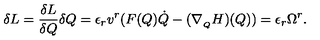
\delta L = \frac { \delta L } { \delta Q } \delta Q = \epsilon _ { r } v ^ { r } ( F ( Q ) \dot { Q } - ( \nabla _ { _ Q } H ) ( Q ) ) = \epsilon _ { r } \Omega ^ { r } .